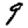
Digit: 9